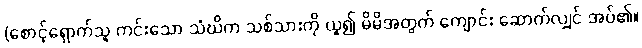
(စောင့်ရှောက်သူ ကင်းသော သံဃိက သစ်သားကို ယူ၍ မိမိအတွက် ကျောင်း ဆောက်လျှင် အပ်၏။